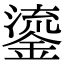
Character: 鎏